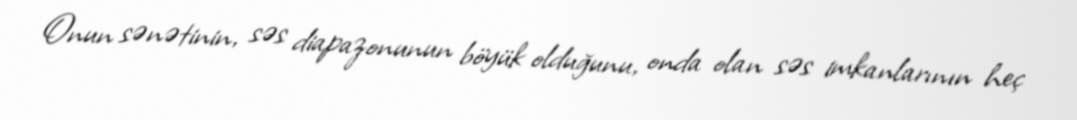
Onun sənətinin, səs diapazonunun böyük olduğunu, onda olan səs imkanlarının heç